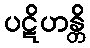
ပဋိဟန္တိ